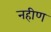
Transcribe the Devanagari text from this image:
नहीण